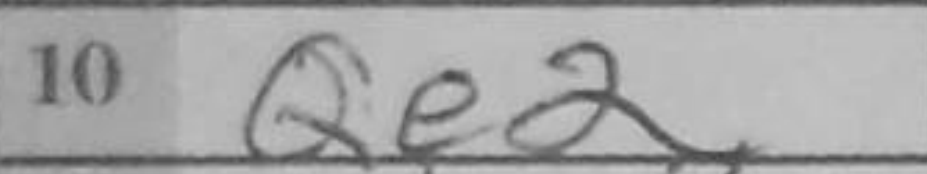
Transcription: Qe2